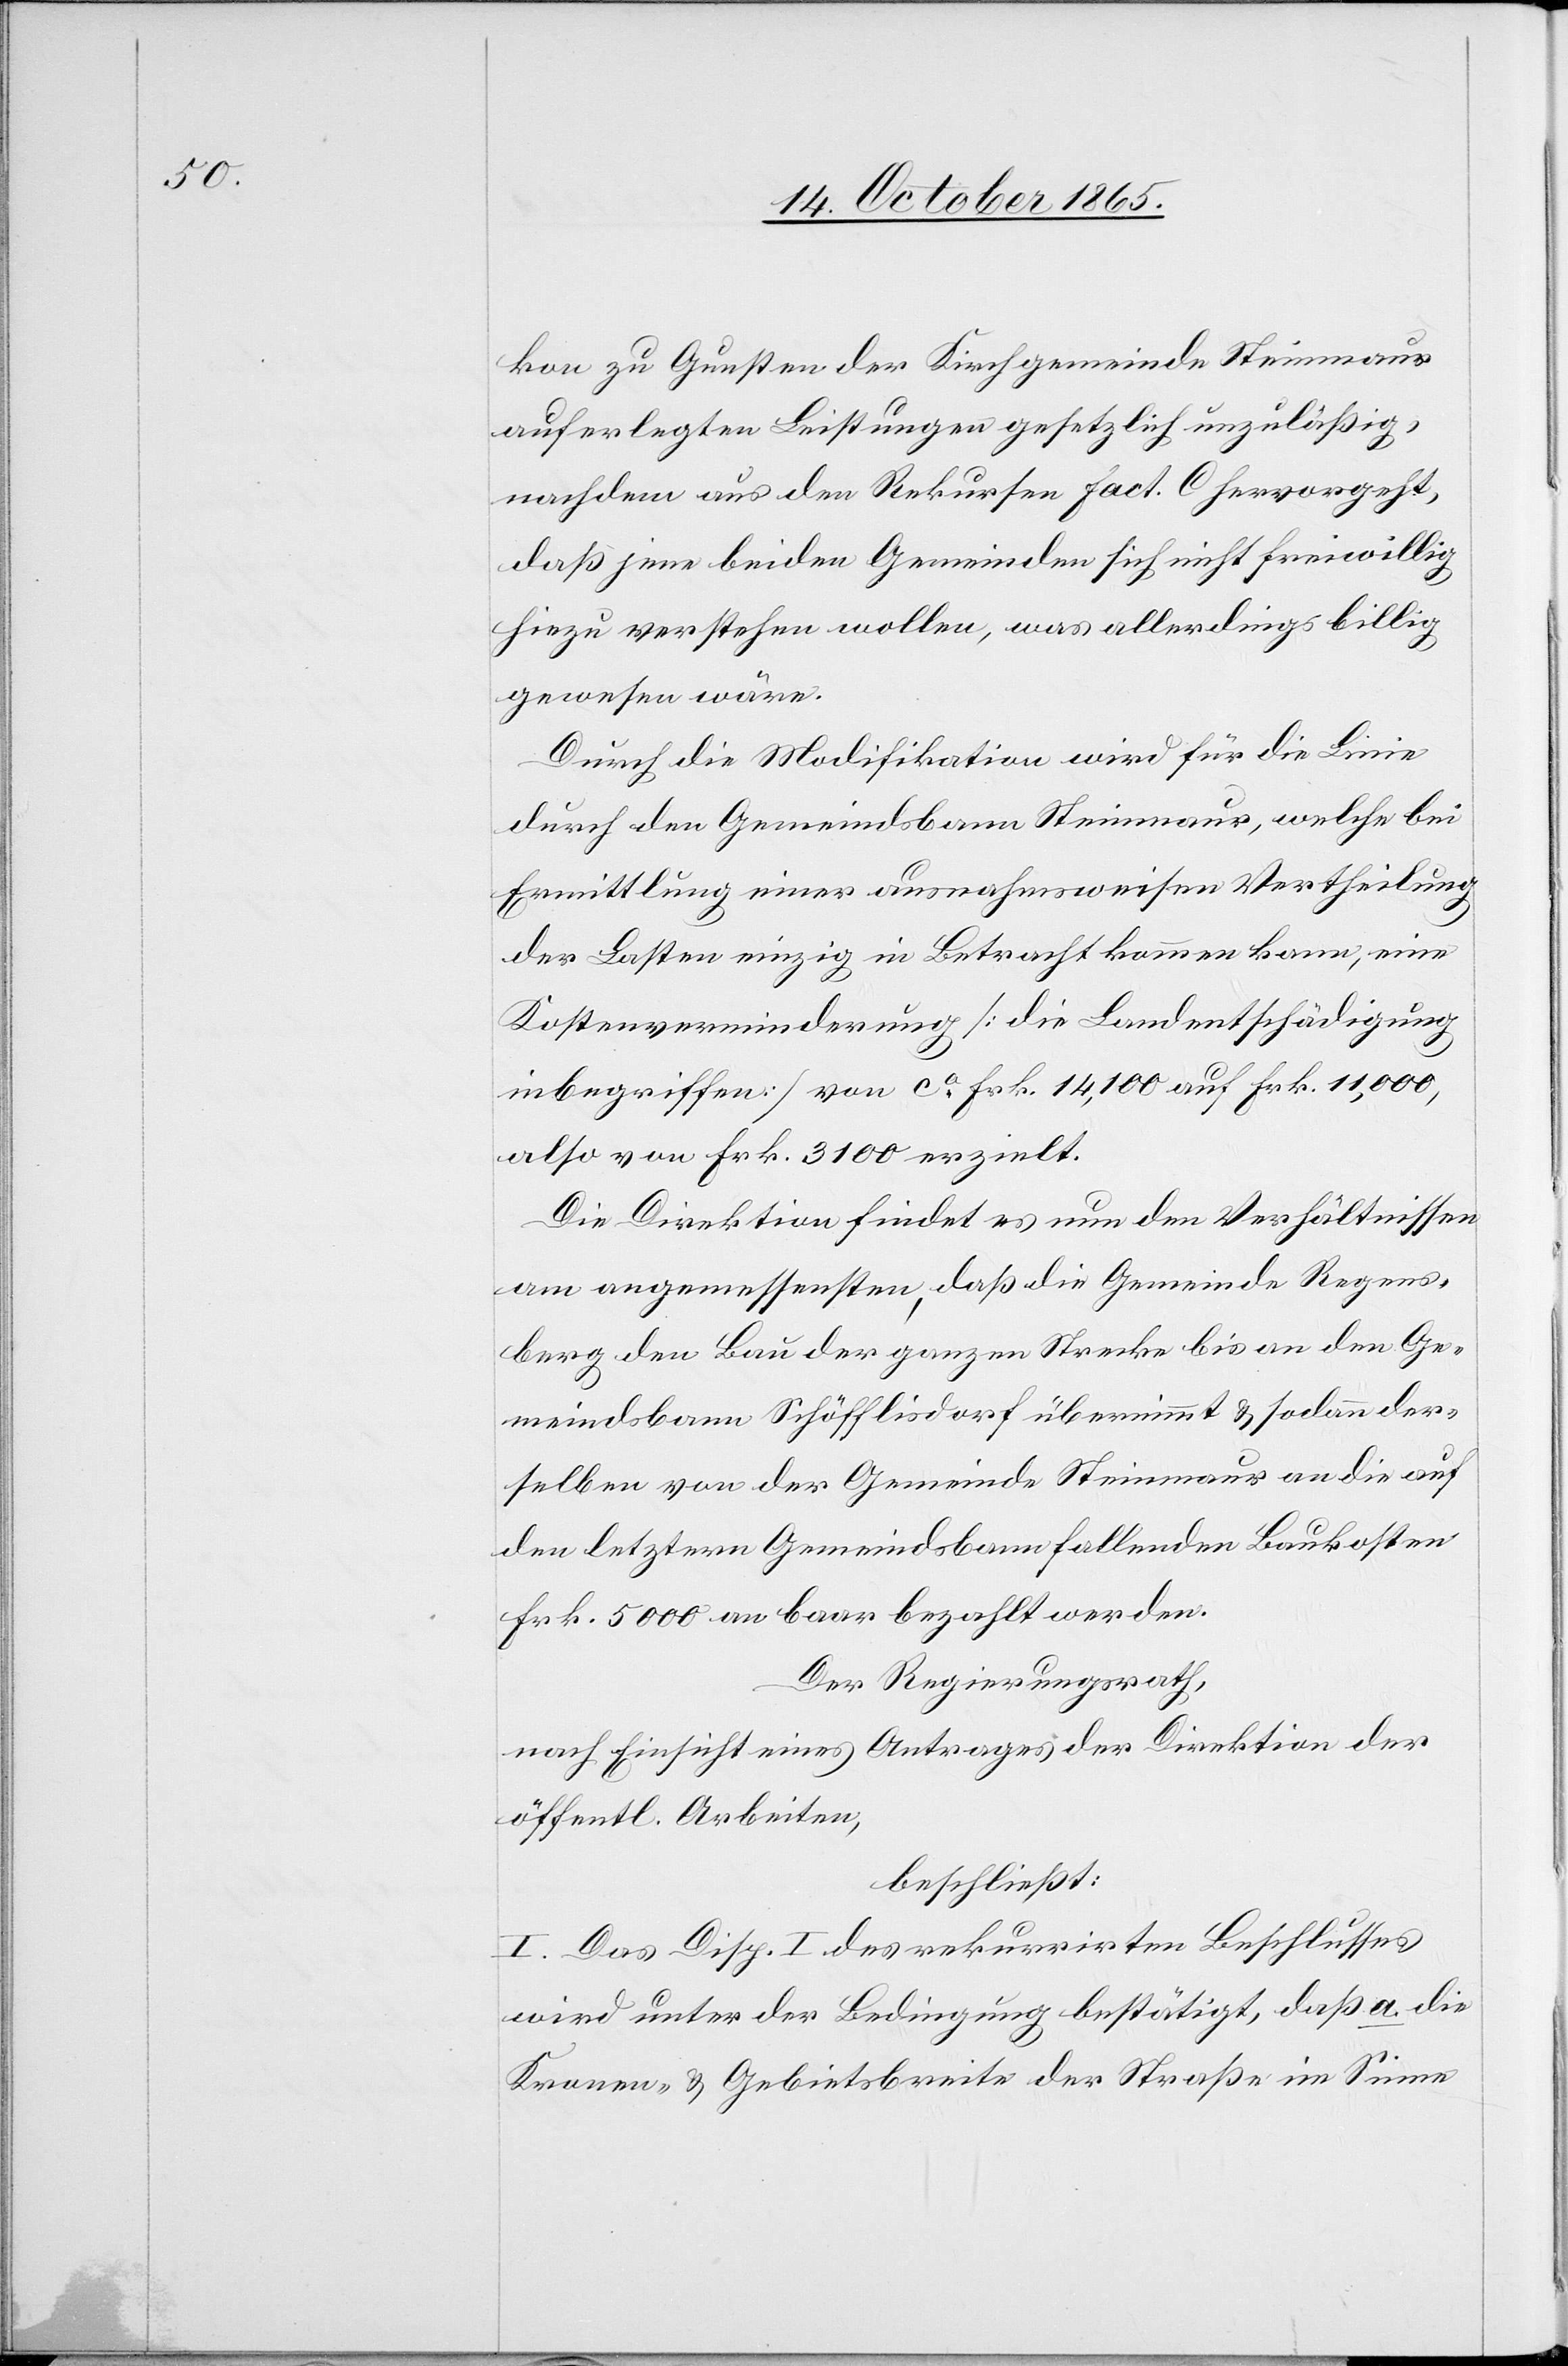
kon zu Gunsten der Kirchgemeinde Steinmaur
auferlegten Leistungen gesetzlich unzuläßig,
nachdem aus den Rekursen fact. C hervorgeht,
daß jene beiden Gemeinden sich nicht freiwillig
hiezu verstehen wollen, was allerdings billig
gewesen wäre.
Durch die Modifikation wird für die Linie
durch den Gemeindsbann Steinmaur, welche bei
Ermittlung einer ausnahmsweisen Vertheilung
der Lasten einzig in Betracht kommen kann, eine
Kostenverminderung [die Landentschädigung
inbegriffen] von ca Frk. 14,100 auf Frk. 11,000.
also von Frk. 3100 erzielt.
Die Direktion findet es nun den Verhältnissen
am angemessensten, daß die Gemeinde Regens¬
berg den Bau der ganzen Strecke bis an den Ge¬
meindsbann Schöfflisdorf übernimmt & sodann der¬
selbe von der Gemeinde Steinmaur an die auf
den letztern Gemeindsbann fallenden Baukosten
Frk. 5000 an baar bezahlt werden.
Der Regierungsrath,
nach Einsicht eines Antrages der Direktion der
öffentl. Arbeiten,
beschließt:
I. Das Disp. I des rekurrirten Beschlusses
wird unter der Bedingung bestätigt, daß a. die
Kronen- & Gebietsbreite der Straße im Sinne